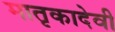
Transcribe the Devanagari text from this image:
मातृकादेवी